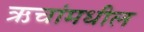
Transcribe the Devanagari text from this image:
ऋचांमधील